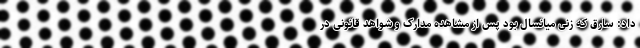
داد: سارق که زنی میانسال بود پس از مشاهده مدارک و شواهد قانونی در